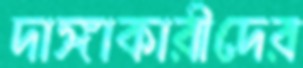
দাঙ্গাকারীদের